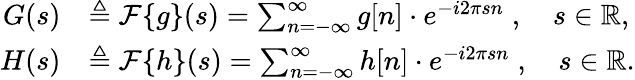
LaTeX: {\begin{array}{rl}{G(s)}&{\triangleq{\mathcal{F}}\{ g\} (s)=\sum_{n=-\infty}^{\infty}g[n]\cdot e^{-i2\pi sn}\; ,\quad s\in\mathbb{R},}\\ {H(s)}&{\triangleq{\mathcal{F}}\{ h\} (s)=\sum_{n=-\infty}^{\infty}h[n]\cdot e^{-i2\pi sn}\; ,\quad s\in\mathbb{R}.}\end{array}}